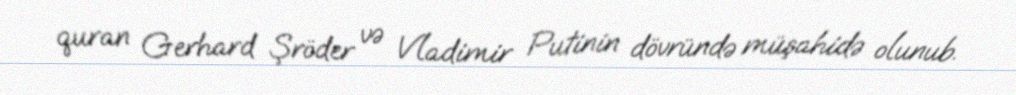
quran Gerhard Şröder və Vladimir Putinin dövründə müşahidə olunub.